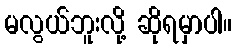
မလွယ်ဘူးလို့ ဆိုရမှာပါ။